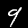
Digit: 9